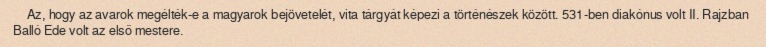
Az, hogy az avarok megélték-e a magyarok bejövetelét, vita tárgyát képezi a történészek között. 531-ben diakónus volt II. Rajzban Balló Ede volt az első mestere.